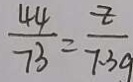
\frac { 4 4 } { 7 3 } = \frac { z } { 7 . 3 g }